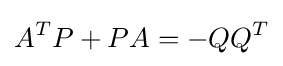
A^{T}P+PA=-QQ^{T}